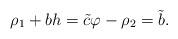
LaTeX: \begin{align*}\rho_1+bh=\tilde{c}\varphi-\rho_2=\tilde{b}.\end{align*}